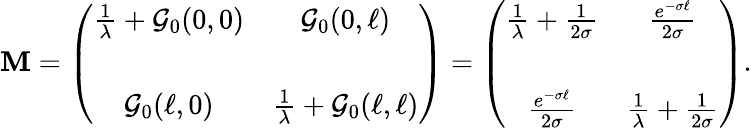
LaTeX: {\cal\mathbf{M}}=\left(\begin{array}{cc}{{\frac{1}{\lambda}+{\cal G}_{0}(0,0)}}&{{{\cal G}_{0}(0,\ell)}}\\ {{}}&{{}}\\ {{{\cal G}_{0}(\ell,0)}}&{{\frac{1}{\lambda}+{\cal G}_{0}(\ell,\ell)}}\end{array}\right)=\left(\begin{array}{cc}{{\frac{1}{\lambda}+\frac{1}{2\sigma}}}&{{\frac{e^{-\sigma\ell}}{2\sigma}}}\\ {{}}&{{}}\\ {{\frac{e^{-\sigma\ell}}{2\sigma}}}&{{\frac{1}{\lambda}+\frac{1}{2\sigma}}}\end{array}\right).